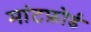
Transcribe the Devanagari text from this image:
मांटफ़ोर्ड